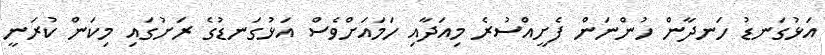
އަޅުގަނޑު ހަނދާން ހުންނަން ފެށީއްސުރެ މިއަދާއި ހަމައަށްވެސް އަޅުގަނޑުގެ ރަށުގައި މިކަން ކުރަނީ